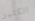
الكثير